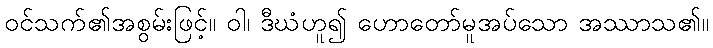
ဝင်သက်၏အစွမ်းဖြင့်။ ဝါ၊ ဒီဃံဟူ၍ ဟောတော်မူအပ်သော အဿာသ၏။